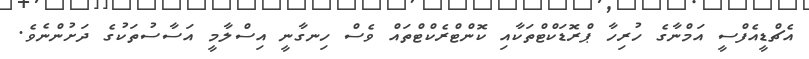
އެޗްޑީއެފްސީ އަމްނާގެ ހުރިހާ ޕްރޮޑަކްޓްތަކާއި ކޮންޓްރެކްޓްތައް ވެސް ހިނގާނީ އިސްލާމީ އަސާސުތަކުގެ ދަށުންނެވެ.